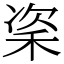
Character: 秶